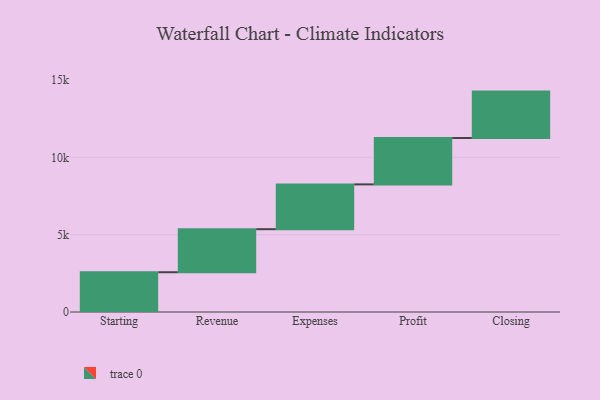
{"axis": {"x": "Step", "y": "Value"}, "legend": [""], "data": [{"x": "Starting", "y": 2572.0, "type": ""}, {"x": "Revenue", "y": 2783.0, "type": ""}, {"x": "Expenses", "y": 2897.0, "type": ""}, {"x": "Profit", "y": 3000, "type": ""}, {"x": "Closing", "y": 3000, "type": ""}]}